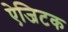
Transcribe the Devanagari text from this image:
ऐजिटक